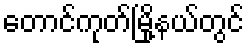
တောင်ကုတ်မြို့နယ်တွင်